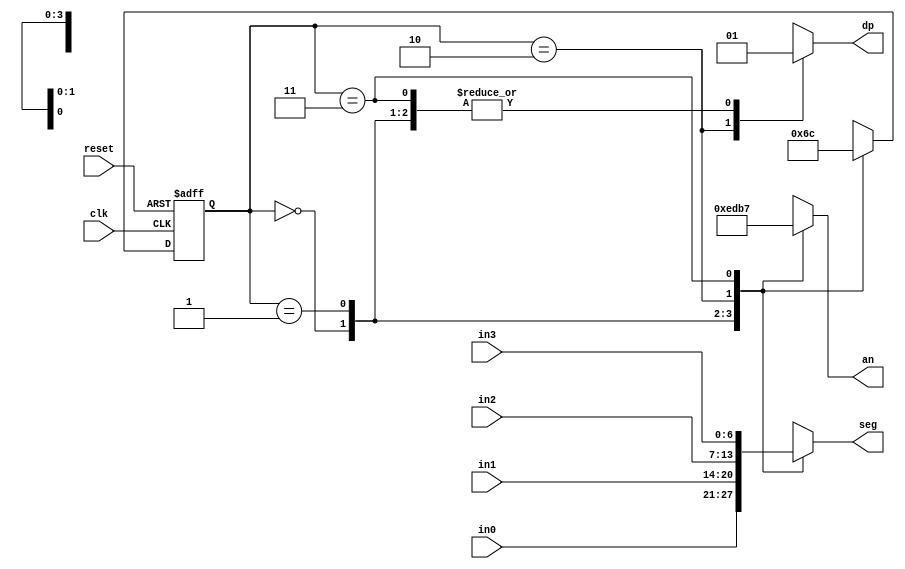
`timescale 1ns / 1ps
//////////////////////////////////////////////////////////////////////////////////
// Company: 
// Engineer: 
// 
// Design Name: 
// Module Name: time_mux_state_machine
// Project Name: 
// Target Devices: 
// Tool Versions: 
// Description: 
// 
// Dependencies: 
// 
// Revision:
// Revision 0.01 - File Created
// Additional Comments:
// 
//////////////////////////////////////////////////////////////////////////////////
`timescale 1ns / 1ps

module time_mux_state_machine(
    input clk,
    input reset,
    input [6:0] in0, //segment display
    input [6:0] in1,
    input [6:0] in2,
    input [6:0] in3,
    output reg [3:0] an,
    output reg [6:0] seg, 
    output reg dp //decimal
    );
    
    reg [1:0] state;
    reg [1:0] next_state;

    initial begin
        an <= 4'b1110; //0 means on for led light
        seg <= 7'b0000001; //0 means on for segment light
        dp <= 1;
    end
    
    always @(*) begin
        case(state) // Makes the segments cascade sequentally in a loop until stopped
            2'b00: next_state = 2'b01;
            2'b01: next_state = 2'b10;
            2'b10: next_state = 2'b11;
            2'b11: next_state = 2'b00;
        endcase

        case(state) //puts values into segments
            2'b00: seg = in0;
            2'b01: seg = in1;
            2'b10: seg = in2;
            2'b11: seg = in3;
        endcase
        
        case(state)  //allows the segments to be on one at a time
            2'b00: an = 4'b1110;
            2'b01: an = 4'b1101;
            2'b10: an = 4'b1011;
            2'b11: an = 4'b0111;
        endcase
        ///THIS NEEDS TO BE MODIFIED!!!!!
        case(state) //decimal point that will always be on
            2'b00: dp = 1;
            2'b01: dp = 1;
            2'b10: dp = 0;
            2'b11: dp = 1;
        endcase
    end
    
    always @(posedge clk or posedge reset) begin
        if(reset)
            state <= 2'b00;
        else
            state <= next_state;
    end

endmodule